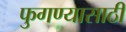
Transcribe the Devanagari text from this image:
फुगण्यासाठी